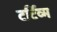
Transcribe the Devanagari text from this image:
टर्टिव्म